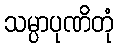
သမ္ပာပုဏိတုံ